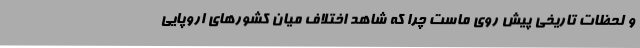
و لحظات تاریخی پیش روی ماست چرا که شاهد اختلاف میان کشورهای اروپایی